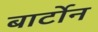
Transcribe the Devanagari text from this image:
बार्टोन